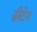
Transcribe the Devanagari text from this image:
ब्रीटेन